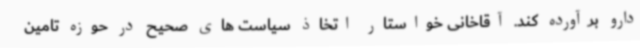
دارو برآورده کند. آقاخانی خواستار اتخاذ سیاست های صحیح در حوزه تامین